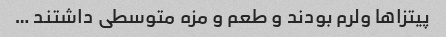
پیتزاها ولرم بودند و طعم و مزه متوسطی داشتند …